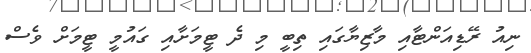
ނިއު ރޭޑިއަންޓާއި މާޒިޔާގައި ތިބީ މި ދެ ޓީމަށާއި ގައުމީ ޓީމަށް ވެސް